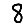
Digit: 8